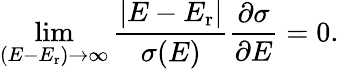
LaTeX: \operatorname*{lim}_{(E-E_{\mathrm{r}})\rightarrow\infty}\frac{|E-E_{\mathrm{r}}|}{\sigma(E)}\frac{\partial\sigma}{\partial E}=0.